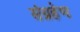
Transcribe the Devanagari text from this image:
संग्रहेण